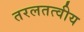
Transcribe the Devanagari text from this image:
तरलतत्वीय